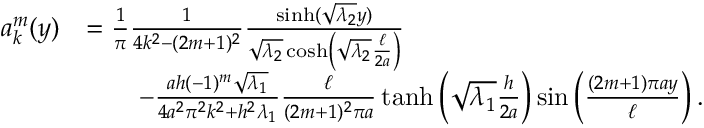
\begin{array} { r l } { a _ { k } ^ { m } ( y ) } & { = \frac { 1 } { \pi } \frac { 1 } { 4 k ^ { 2 } - ( 2 m + 1 ) ^ { 2 } } \frac { \sinh ( \sqrt { \lambda _ { 2 } } y ) } { \sqrt { \lambda _ { 2 } } \cosh \left( \sqrt { \lambda _ { 2 } } \frac { \ell } { 2 a } \right) } } \\ & { \quad \quad - \frac { a h ( - 1 ) ^ { m } \sqrt { \lambda _ { 1 } } } { 4 a ^ { 2 } \pi ^ { 2 } k ^ { 2 } + h ^ { 2 } \lambda _ { 1 } } \frac { \ell } { ( 2 m + 1 ) ^ { 2 } \pi a } \operatorname { t a n h } \left( \sqrt { \lambda _ { 1 } } \frac { h } { 2 a } \right) \sin \left( \frac { ( 2 m + 1 ) \pi a y } { \ell } \right) . } \end{array}